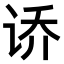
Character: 𫍤